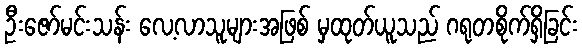
ဦးဇော်မင်းသန်း လေ့လာသူများအဖြစ် မှထုတ်ယူသည် ဂရုတစိုက်ရှိခြင်း